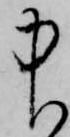
中